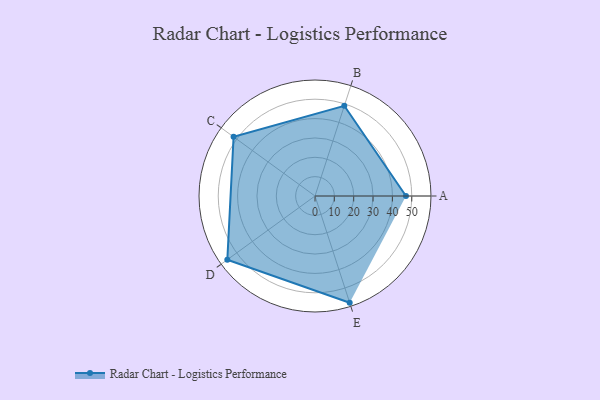
{"axis": {"x": "Skill", "y": "Score"}, "legend": ["Profile"], "data": [{"x": "A", "y": 47.0, "type": "Profile"}, {"x": "B", "y": 49.0, "type": "Profile"}, {"x": "C", "y": 52.0, "type": "Profile"}, {"x": "D", "y": 56.0, "type": "Profile"}, {"x": "E", "y": 58.0, "type": "Profile"}]}